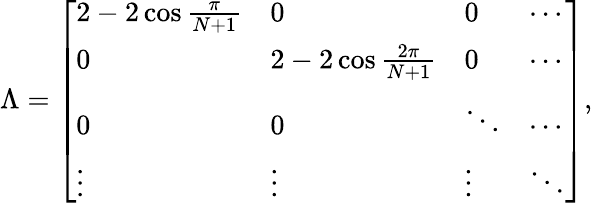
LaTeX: \Lambda=\left[\begin{array}{llll}{2-2\cos\frac{\pi}{N+1}}&{0}&{0}&{\cdots}\\ {0}&{2-2\cos\frac{2\pi}{N+1}}&{0}&{\cdots}\\ {0}&{0}&{\ddots}&{\cdots}\\ {\vdots}&{\vdots}&{\vdots}&{\ddots}\end{array}\right],